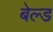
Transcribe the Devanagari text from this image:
बेल्ड